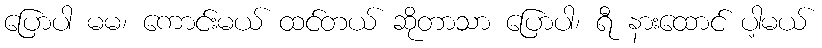
ပြောပါ မမ၊ ကောင်းမယ် ထင်တယ် ဆိုတာသာ ပြောပါ၊ ရီ နားထောင် ပါ့မယ်